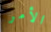
الأمر